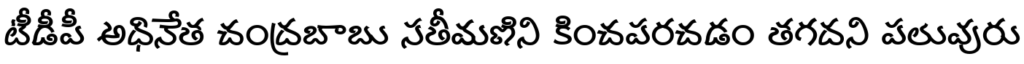
టీడీపీ అధినేత చంద్రబాబు సతీమణిని కించపరచడం తగదని పలువురు